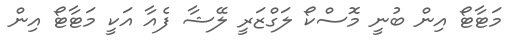
މަޓާޓޯ އިން ބުނީ މޮސްކޯ ލަގްޒަރީ ލޭޝާ ފެއާ އަކީ މަޓާޓޯ އިން